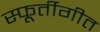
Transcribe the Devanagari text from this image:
स्फूर्तीगीत